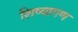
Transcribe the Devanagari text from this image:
शिष्यागण